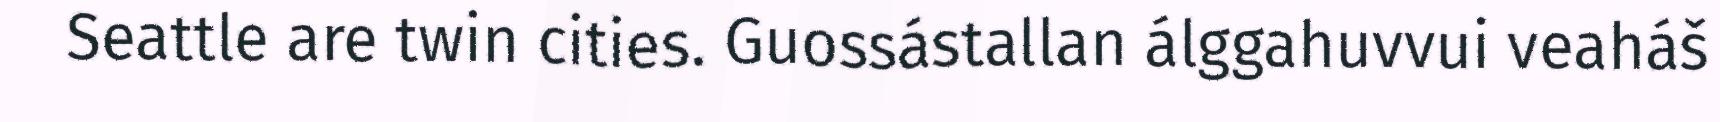
Seattle are twin cities. Guossástallan álggahuvvui veaháš